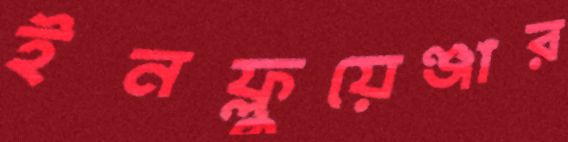
ইনফ্লুয়েঞ্জার